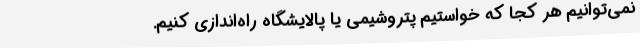
نمی‌توانیم هر کجا که خواستیم پتروشیمی یا پالایشگاه راه‌اندازی کنیم.